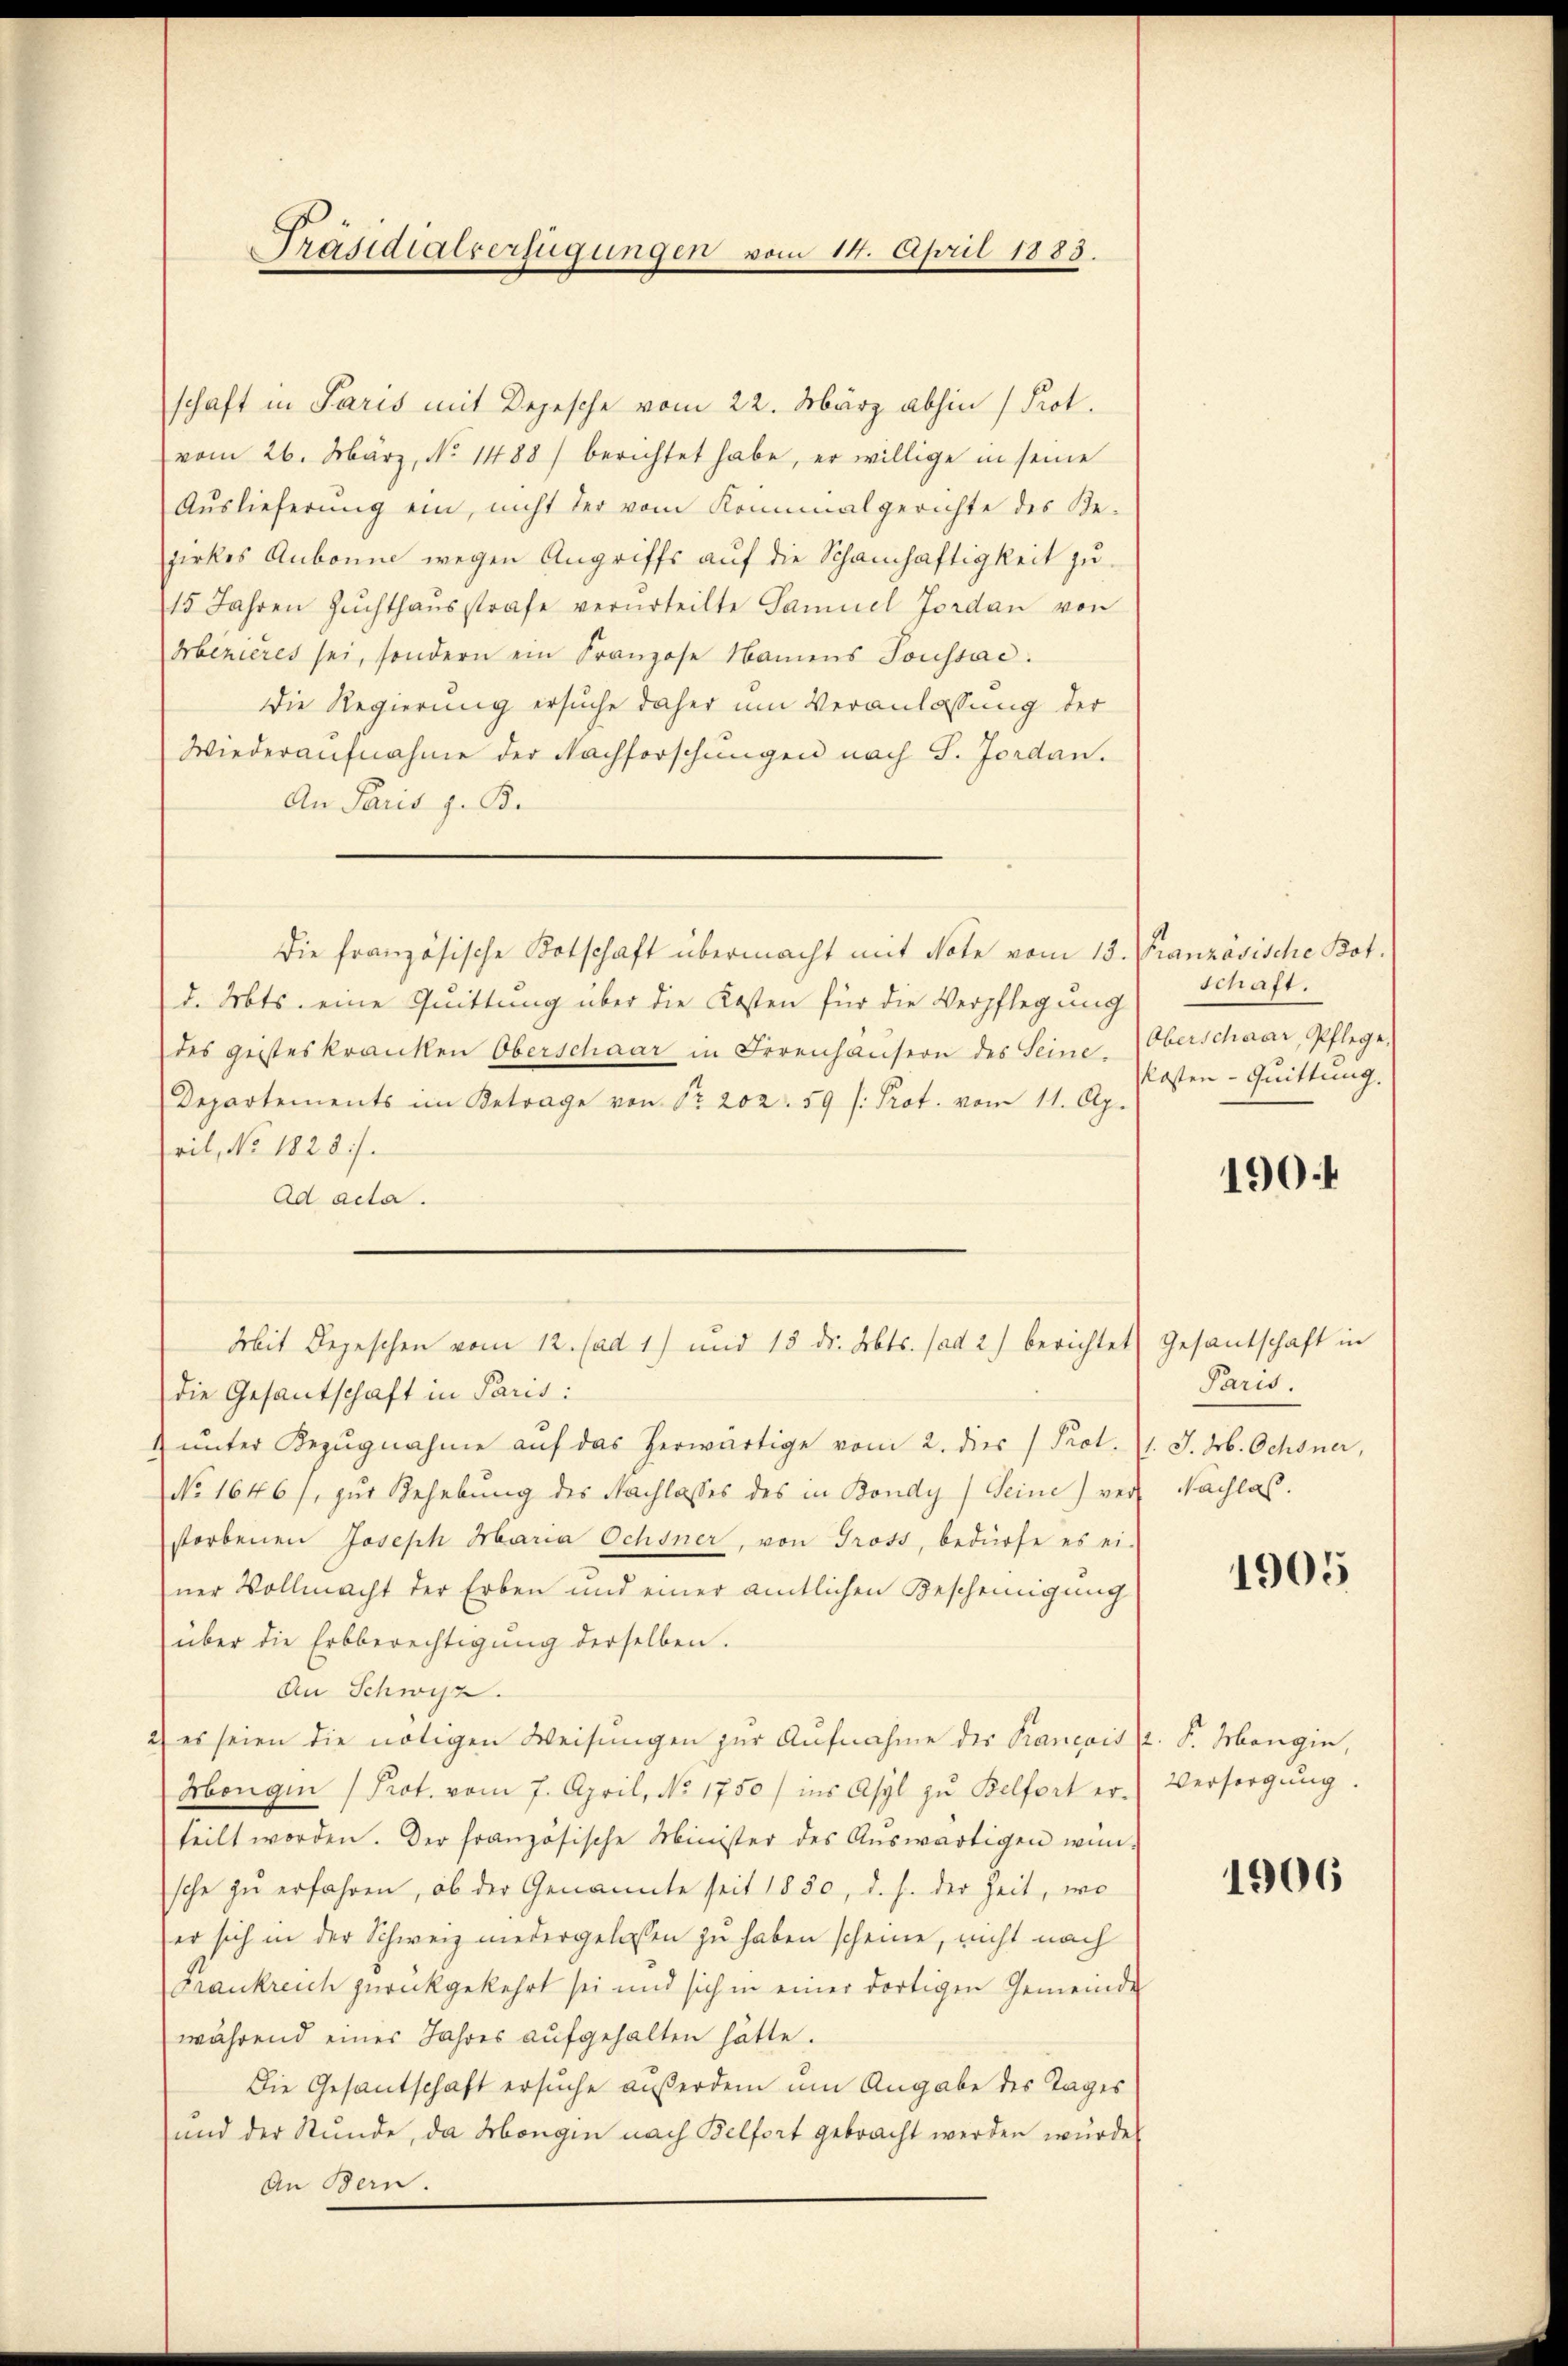
Präsidialverfügungen vom 14. April 1883.

schaft in Paris mit Depesche vom 22. März abhin (Prot.
vom 26. März, No. 1488) berichtet habe, er willige in seine
Auslieferung ein, nicht der vom Konialgerichte des Be-
zirkes Aubonne wegen Angriffs auf die Schamhaftigkeit zu¬
15 Jahren Zŭchthaŭsstrafe verurteilte Samuel Jordan von
Merieres sei, sondern ein Franzose Namens Soussac
Die Regierung ersuche daher um Veranlassung der
Wiederaufnahme der Nachforschungen nach S. Jordan.
An Paris z. B.
d. Mts. eine Quittung über die Kosten für die Verpflegung
des geisteskranken Oberschaar in Irrenhansern des Seine.
Departements im Betrage von Nr. 202. 59 f. Prot. vom 11. Ap.
ril, No. 1828).
Ad acta.
Mit Depeschen vom 12. (ad 1) und 13 dr. Abts. ad 2) berichtet Gesantschaft in
die Gesantschaft in Paris:
 ŭnter Bezŭgnahme aŭf das herwärtige vom 2. dies / Prot. 11. J. dr. Ochsner,
No 1646 f. zur Behebung des Nachlasses des in Bondy) Seine) ver Nachlas
storbenen Joseph Maria Ochsner, von Gross, bedürfe es ei-
ner Vollmacht der Erben und einer amtlichen Bescheinigung
über die Erbberechtigŭng derselben.
An Schwyz.
) es seien die nötigen Weisungen zur Aufnahme der Krancois. S. Mangin,
Morgen (Prot. vom 7. April, No. 1750) ins Asyl zu Belfort erteilt worden. Der französische Minister des Aŭswärtigen wün-
sche zu erfahren, ob der Genannte seit 1850, d. h. der Zeit, wo
er sich in der Schweiz niedergelassen zu haben scheine, nicht nach
Frankreich zurückgekehrt sei und sich in einer dortigen Gemeinde
während eines Jahres aufgehalten hätte.
Die Gesantschaft ersuche außerdem um Angabe des Tages
und der Stunde, da Morgen nach Belfort gebracht werden wurde
An Bern.

Die französische Botschaft übermacht mit Note vom 13. Französische Kot.

schaft.
Oberschaar, Pflege,
kosten - Quittung.

190.

Paris.

1905

Versorgung.

1906